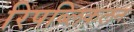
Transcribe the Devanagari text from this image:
रिपब्लिकलन